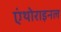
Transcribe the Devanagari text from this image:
एंथोराइनल